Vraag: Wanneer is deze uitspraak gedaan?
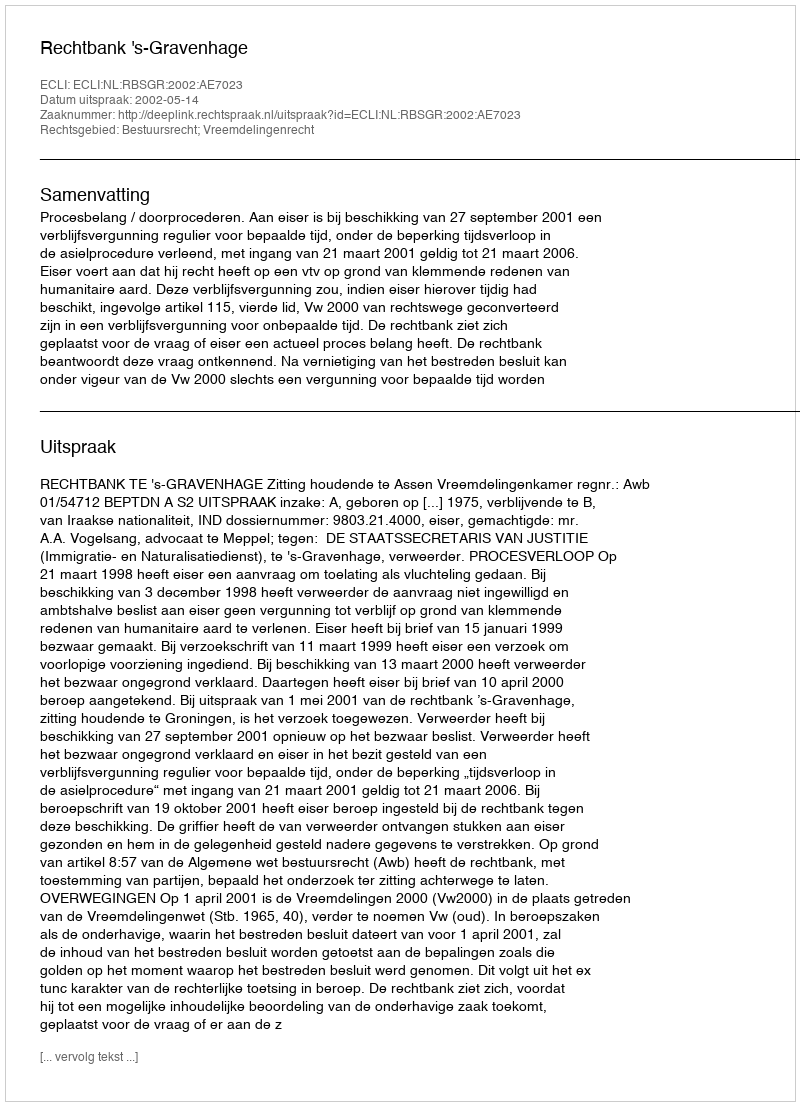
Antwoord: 2002-05-14